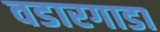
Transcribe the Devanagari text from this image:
वडारगाडा